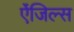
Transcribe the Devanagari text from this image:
ऐंजिल्स